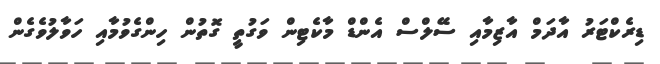
ޑިރެކްޓަރު އާދަމް އާޒިމާއި ސޭލްސް އެންޑް މާކެޓިން ވަގުތީ ގޮތުން ހިންގެވުމާއި ހަވާލުވެގެން